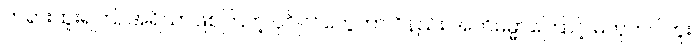
တရားထူးရကြ, အရိယာဖြစ်ကြတဲ့ ပုဂ္ဂိုလ်တွေဟာ ဝိနည်း အဘိဓမ္မာကြောင့် မဟုတ်ပါဘူး၊